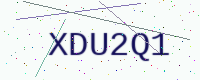
Text: XDU2Q1